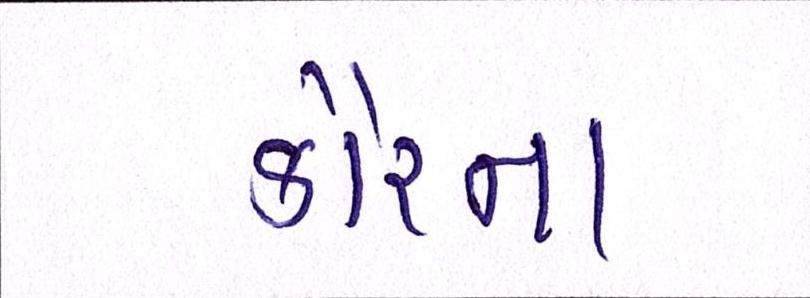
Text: કૌરના